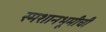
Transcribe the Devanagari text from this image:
स्मशानभूमीची